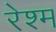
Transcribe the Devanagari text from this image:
रेश्म